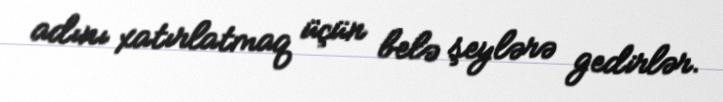
adını xatırlatmaq üçün belə şeylərə gedirlər.